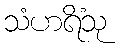
သံဟရိံသု